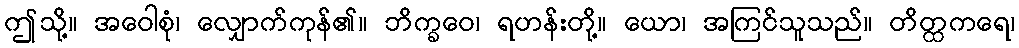
ဤသို့။ အဝေါစုံ၊ လျှောက်ကုန်၏။ ဘိက္ခဝေ၊ ရဟန်းတို့။ ယော၊ အကြင်သူသည်။ တိတ္ထကရေ၊